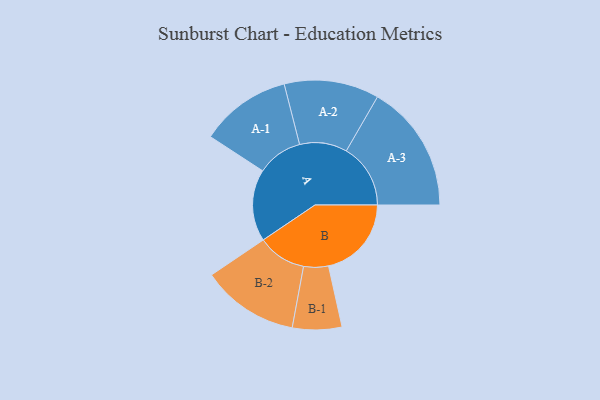
{"axis": {"x": "Segment", "y": "Value"}, "legend": ["", "A", "B"], "data": [{"x": "A", "y": 300, "type": ""}, {"x": "B", "y": 346, "type": ""}, {"x": "A-1", "y": 190, "type": "A"}, {"x": "A-2", "y": 198, "type": "A"}, {"x": "A-3", "y": 268, "type": "A"}, {"x": "B-1", "y": 103, "type": "B"}, {"x": "B-2", "y": 203, "type": "B"}]}